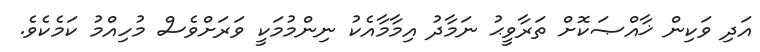
އަދި ވަކިން ޚާއްޞަކޮށް ތަރާވީޙު ނަމާދު އިމާމާއެކު ނިންމުމަކީ ވަރަށްވެސް މުހިއްމު ކަމެކެވެ.